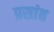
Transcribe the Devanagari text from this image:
प्रसांत